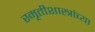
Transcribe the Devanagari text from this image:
स्मृतीशास्त्रांच्या